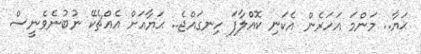
ޙަޔާ.. މަންމަ އަހަރެން އެކަނި ކޮއްލާފަ ހިނގައްޖެ.. ޙަޔާއަށް އެެއްޗެކޭ ނުބުނެވެނީސް